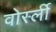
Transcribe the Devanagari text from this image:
वोर्स्ली